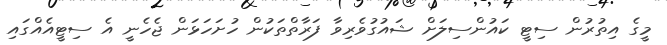
މީގެ އިތުރުން ސިޓީ ކައުންސިލަށް ޝައުގުވެރިވާ ފަރާތްތަކުން ހުށަހަޅަން ޖެހެނީ އެ ސިޓީއެއްގައި